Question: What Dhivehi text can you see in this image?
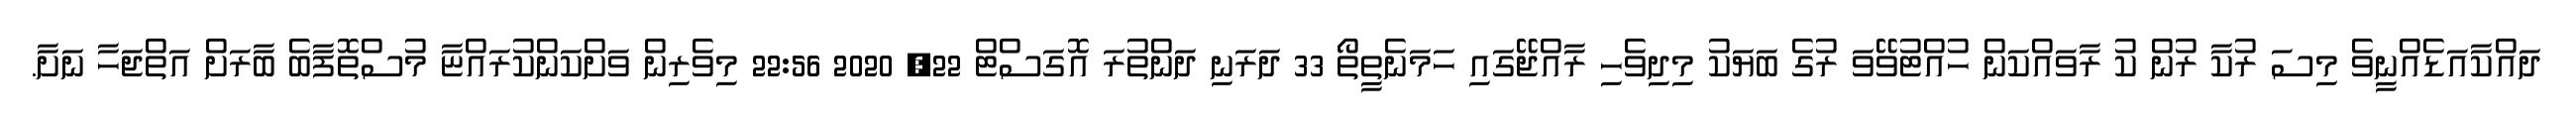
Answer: ދައްކާއަޑެއްނީވެ މިސަ ރުކާ ރުން ކު ރާވައްކަން ހުއްޓުވޭވަ ރުގެ ބަޔަކު މިދިވެހި ރާއްޖޭގައި ހަމަނެތީތޯ 33 ދަރަނި ދަންތުރަ އޮގަސްޓް 22, 2020 22:56 މިވެރިން ވަށްކަންކުރައްޏާ މުސްތޮފާބެ ބާރަށް އަތްޖަހާ ނަށާ.